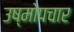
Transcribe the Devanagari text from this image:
उष्मोपचार